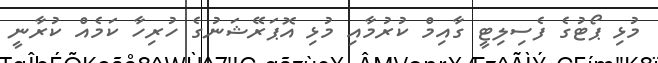
މުޅި ޕޯޓުގެ ފެސިލިޓީ ގާއިމް ކުރުމާއި މުޅި އޮޕަރޭޝަނުގެ ހުރިހާ ކަމެއް ކުރާނީ